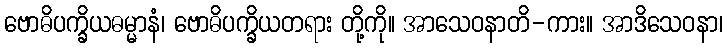
ဗောဓိပက္ခိယဓမ္မာနံ၊ ဗောဓိပက္ခိယတရား တို့ကို။ အာသေဝနာတိ-ကား။ အာဒိသေဝနာ၊